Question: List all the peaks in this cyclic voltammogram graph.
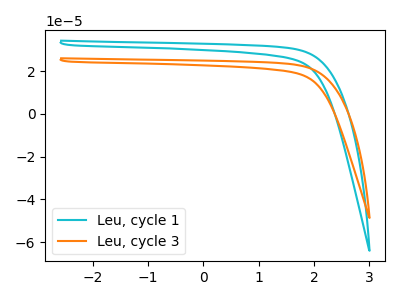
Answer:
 <answer>The cyan curve "Leu, cycle 1" has no peaks. The orange curve "Leu, cycle 3" has no peaks.</answer>
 <eval></eval>